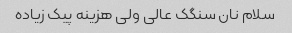
سلام نان سنگک عالی ولی هزینه پیک زیاده